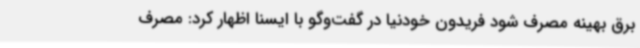
برق بهینه مصرف شود فریدون خودنیا در گفت‌وگو با ایسنا اظهار کرد: مصرف